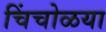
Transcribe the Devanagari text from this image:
चिंचोळया